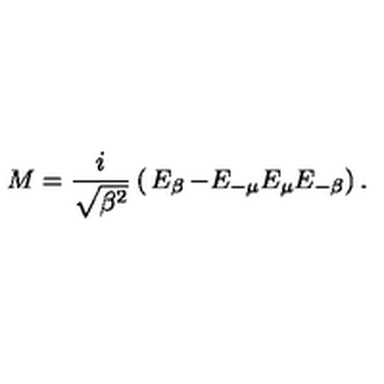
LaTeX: M = \frac { i } { \sqrt { { \mathrm { \boldmath \beta } } ^ { 2 } } } \left( \begin{matrix} { E _ { \mathrm { \boldmath \beta } } } & { - E _ { - { \mathrm { \boldmath \mu } } } } \\ { E _ { \mathrm { \boldmath \mu } } } & { E _ { - { \mathrm { \boldmath \beta } } } } \\ \end{matrix} \right) .